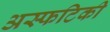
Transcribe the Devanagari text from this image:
अस्फटिकी